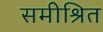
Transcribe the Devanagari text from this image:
समीश्रित